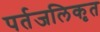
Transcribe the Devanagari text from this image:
पर्तजलिकृत